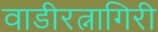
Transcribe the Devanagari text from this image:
वाडीरत्नागिरी